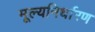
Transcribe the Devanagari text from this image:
मूल्यनिर्धारण